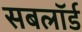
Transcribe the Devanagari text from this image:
सबलॉर्ड